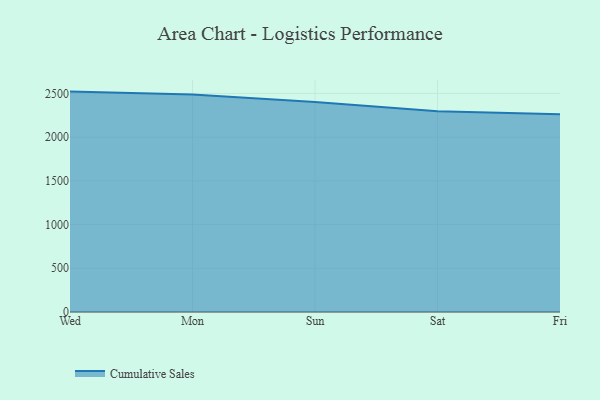
{"axis": {"x": "Day", "y": "Production Output"}, "legend": ["Cumulative Sales"], "data": [{"x": "Wed", "y": 2521.2, "type": "Cumulative Sales"}, {"x": "Mon", "y": 2488.1, "type": "Cumulative Sales"}, {"x": "Sun", "y": 2401.3, "type": "Cumulative Sales"}, {"x": "Sat", "y": 2296.6, "type": "Cumulative Sales"}, {"x": "Fri", "y": 2261.9, "type": "Cumulative Sales"}]}